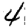
Digit: 4